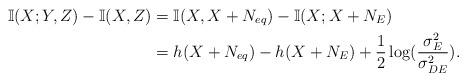
LaTeX: \begin{align*} \mathbb{I}(X;Y,Z)-\mathbb{I}(X,Z)&=\mathbb{I}(X,X+N_{eq})-\mathbb{I}(X;X+N_{E}) \\&=h(X+N_{eq})-h(X+N_{E})+\frac{1}{2} \log(\frac{ \sigma_E^2}{\sigma_{DE}^2}).\end{align*}